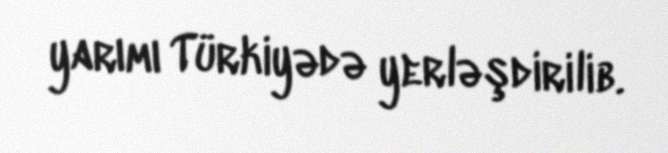
yarımı Türkiyədə yerləşdirilib.